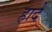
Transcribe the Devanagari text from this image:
हादे